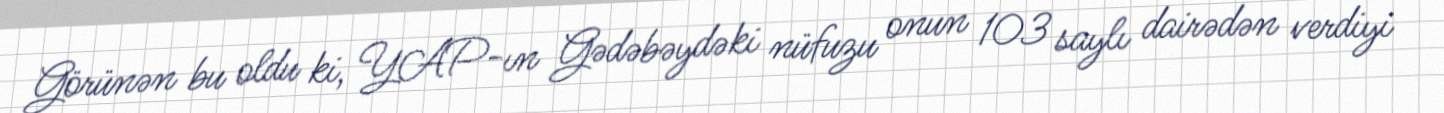
Görünən bu oldu ki, YAP-ın Gədəbəydəki nüfuzu onun 103 saylı dairədən verdiyi